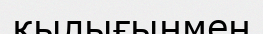
қылығыңмен